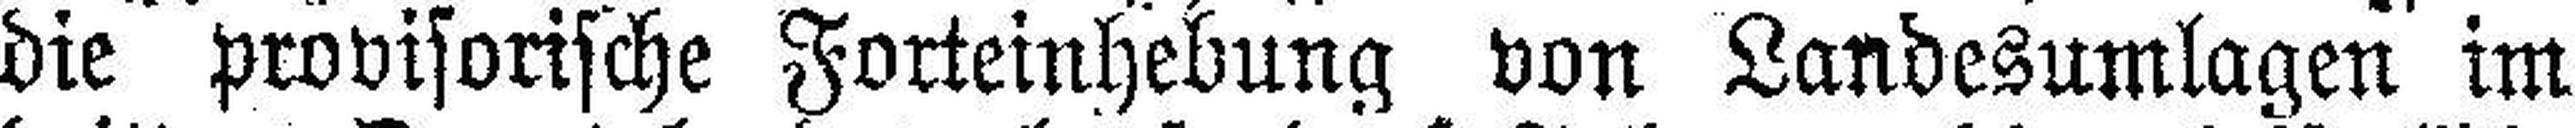
die provisorische Forteinhebung von Landesumlagen im